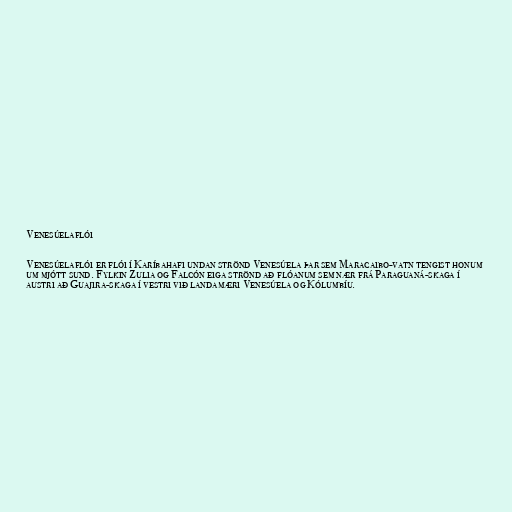
Venesúelaflói

Venesúelaflói er flói í Karíbahafi undan strönd Venesúela þar sem Maracaibo-vatn tengist honum
um mjótt sund. Fylkin Zulia og Falcón eiga strönd að flóanum sem nær frá Paraguaná-skaga í
austri að Guajira-skaga í vestri við landamæri Venesúela og Kólumbíu.